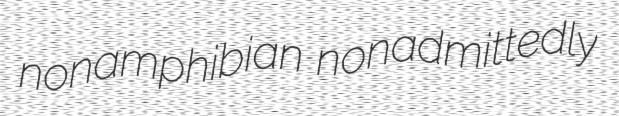
nonamphibian nonadmittedly